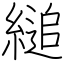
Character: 縋